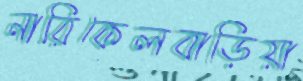
নারিকেলবাড়িয়া